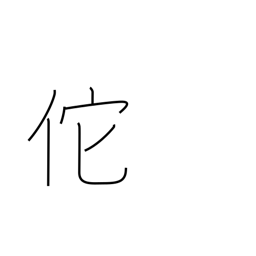
Meaning: proud